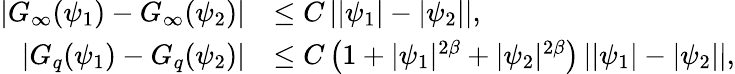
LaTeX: \begin{array}{rl}{\left|G_{\infty}(\psi_{1})-G_{\infty}(\psi_{2})\right|}&{\leq C\left||\psi_{1}|-|\psi_{2}|\right|,}\\ {\left|G_{q}(\psi_{1})-G_{q}(\psi_{2})\right|}&{\leq C\left(1+|\psi_{1}|^{2\beta}+|\psi_{2}|^{2\beta}\right)\left||\psi_{1}|-|\psi_{2}|\right|,}\end{array}